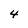
Character: 4